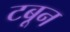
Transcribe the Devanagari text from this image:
टबून